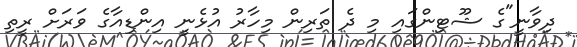
ދިވާނީ"ގެ ޝޫޓިންގައި މި ދެ ތަރިން މިހާރު އުޅެނީ އިންޑިއާގެ ވަރަށް ރީތި